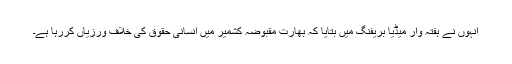
انہوں نے ہفتہ وار میڈیا بریفنگ میں بتایا کہ بھارت مقبوضہ کشمیر میں انسانی حقوق کی خلاف ورزیاں کررہا ہے۔